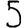
Digit: 5